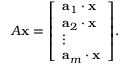
A \mathbf { x } = { \left[ \begin{array} { l } { \mathbf { a } _ { 1 } \cdot \mathbf { x } } \\ { \mathbf { a } _ { 2 } \cdot \mathbf { x } } \\ { \vdots } \\ { \mathbf { a } _ { m } \cdot \mathbf { x } } \end{array} \right] } .